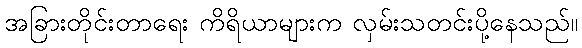
အခြားတိုင်းတာရေး ကိရိယာများက လှမ်းသတင်းပို့နေသည်။